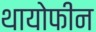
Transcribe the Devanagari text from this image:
थायोफीन